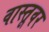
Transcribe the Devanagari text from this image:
वास्तूवर